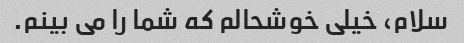
سلام، خیلی خوشحالم که شما را می بینم.